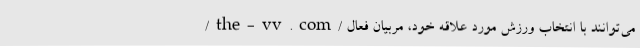
/the-vv.com/ می‌توانند با انتخاب ورزش مورد علاقه خود، مربیان فعال